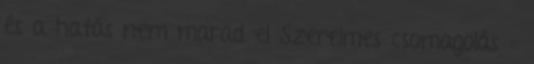
és a hatás nem marad el Szerelmes csomagolás –